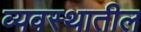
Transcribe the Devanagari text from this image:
व्यवस्थातील